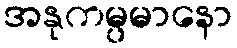
အနုကမ္ပမာနော